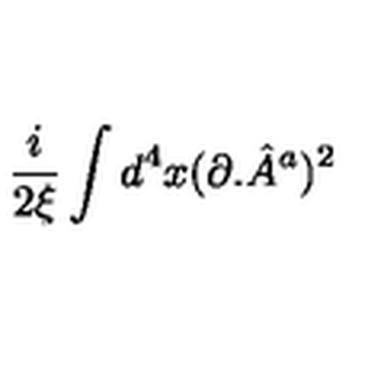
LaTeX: \frac { i } { 2 \xi } \int d ^ { 4 } x ( \partial . { \hat { A } } ^ { a } ) ^ { 2 }